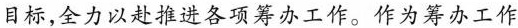
目标，全力以赴推进各项筹办工作。作为筹办工作